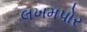
લખમપોર